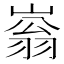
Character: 嵡